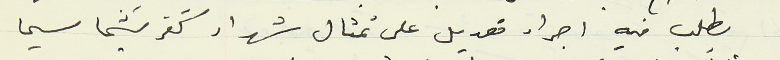
يطلب فيه اجراء تعديل على تمثال شهداء كفرشيما سيما